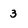
Character: 3